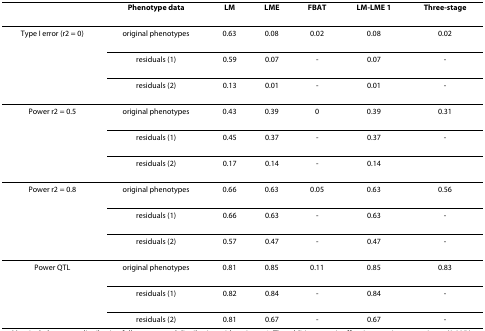
|  | Phenotype data | LM | LME | FBAT | LM-LME 1 | Three-stage |
 | --- | --- | --- | --- | --- | --- | --- |
 | Type I error (r2 = 0) | original phenotypes | 0.63 | 0.08 | 0.02 | 0.08 | 0.02 |
 |  | residuals (1) | 0.59 | 0.07 | - | 0.07 | - |
 |  | residuals (2) | 0.13 | 0.01 | - | 0.01 | - |
 | Power r2 = 0.5 | original phenotypes | 0.43 | 0.39 | 0 | 0.39 | 0.31 |
 |  | residuals (1) | 0.45 | 0.37 | - | 0.37 | - |
 |  | residuals (2) | 0.17 | 0.14 | - | 0.14 |  |
 | Power r2 = 0.8 | original phenotypes | 0.66 | 0.63 | 0.05 | 0.63 | 0.56 |
 |  | residuals (1) | 0.66 | 0.63 | - | 0.63 | - |
 |  | residuals (2) | 0.57 | 0.47 | - | 0.47 | - |
 | Power QTL | original phenotypes | 0.81 | 0.85 | 0.11 | 0.85 | 0.83 |
 |  | residuals (1) | 0.82 | 0.84 | - | 0.84 | - |
 |  | residuals (2) | 0.81 | 0.67 | - | 0.67 | - |